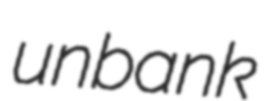
unbank